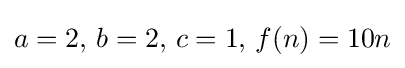
a=2,\,b=2,\,c=1,\,f(n)=10n